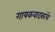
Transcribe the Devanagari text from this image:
गायकवादकांचे